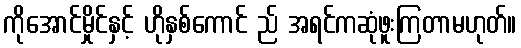
ကိုအောင်မှိုင်နှင့် ဟိုနှစ်ကောင် ည် အရင်ကဆုံဖူးကြတာမဟုတ်။